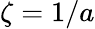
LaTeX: \zeta=1/a